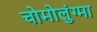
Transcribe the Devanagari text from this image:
चोमोलुंग्मा